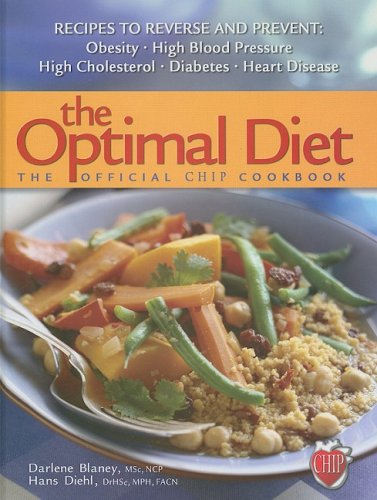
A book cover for The Optimal Diet: The Official CHIP Cookbook; Darlene Blaney; Cookbooks, Food & Wine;